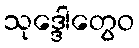
သုဒ္ဒေါတွေဝ